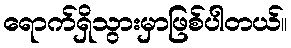
ရောက်ရှိသွားမှာဖြစ်ပါတယ်။